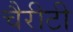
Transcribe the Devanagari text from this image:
चैरीटी